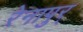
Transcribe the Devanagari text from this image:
रेनापुर्